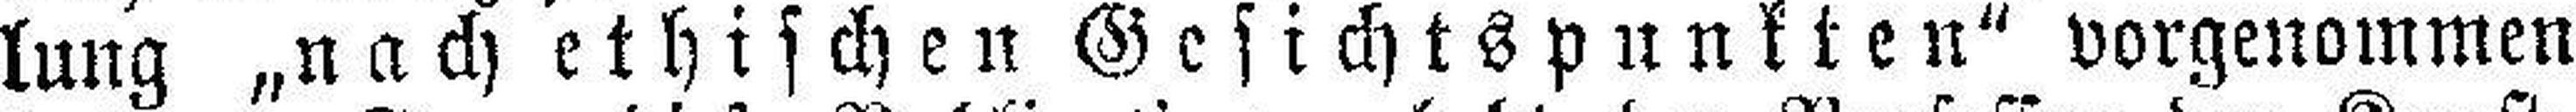
lung „nach ethischen Gesichtspunkten“ vorgenommen